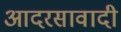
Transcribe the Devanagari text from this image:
आदरसावादी